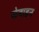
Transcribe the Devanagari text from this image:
सेबाइन